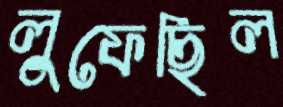
লুফেছিল